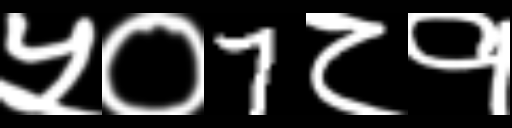
Text: ५०7८१